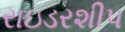
રાઇડરશીપ